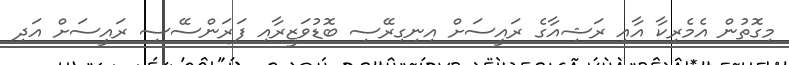
މިގޮތުން އެމެރިކާ އާއި ރަޝިއާގެ ރައީސަށް އިނިގިރޭސި ބޮޑުވަޒީރާއި ފަރަންސޭސި ރައީސަށް އަދި